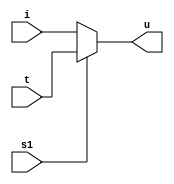
`timescale 1ns / 1ps
//////////////////////////////////////////////////////////////////////////////////
// Company: 
// Engineer: 
// 
// Design Name: 
// Module Name:    mux_21opration 
// Project Name: 
// Target Devices: 
// Tool versions: 
// Description: 
//
// Dependencies: 
//
// Revision: 
// Revision 0.01 - File Created
// Additional Comments: 
//
//////////////////////////////////////////////////////////////////////////////////
module mux_21opration(u,i,t,s1);
input i;	
input t;
input s1;
output u;
assign 
u=(s1==0?i:t);
endmodule